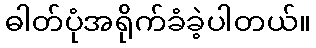
ဓါတ်ပုံအရိုက်ခံခဲ့ပါတယ်။